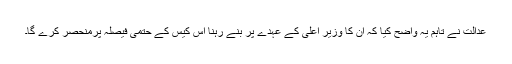
عدالت نے تاہم یہ واضح کیا کہ ان کا وزیر اعلی کے عہدے پر بنے رہنا اس کیس کے حتمی فیصلہ پرمنحصر کرے گا۔